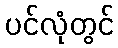
ပင်လုံတွင်